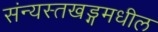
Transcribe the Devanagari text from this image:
संन्यस्तखड्गमधील